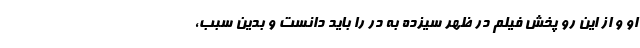
او و از این رو پخش فیلم در ظهر سیزده به در را باید دانست و بدین سبب،